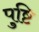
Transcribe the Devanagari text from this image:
पु्ष्टि